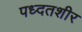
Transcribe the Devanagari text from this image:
पध्दतशीर